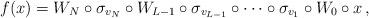
LaTeX: \begin{align*}f(x) = W_N \circ \sigma_{v_{N}} \circ W_{L-1} \circ \sigma_{v_{L-1}} \circ \dots \circ \sigma_{v_1} \circ W_0 \circ x\,,\end{align*}